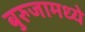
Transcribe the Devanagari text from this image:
बुरुजामध्ये